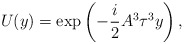
\begin{align*}U(y) = \exp \left(- \frac{i}{2} A^{3} \tau^{3} y\right),\end{align*}